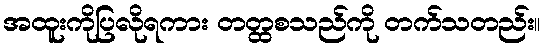
အထူးကိုပြလိုရကား တတ္ထစသည်ကို တက်သတည်း။